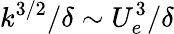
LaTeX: k^{3/2}/\delta\sim U_{e}^{3}/\delta